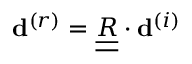
{ { \bf d } ^ { ( r ) } } = \underline { { \underline { { R } } } } \cdot { { \bf d } ^ { ( i ) } }